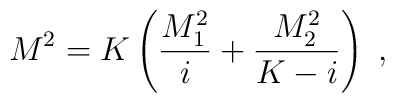
M^2 = K \left(\frac{M_1^2}{i}+\frac{M_2^2}{K-i}\right)   \; ,